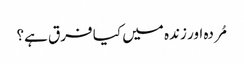
مُردہ اور زندہ میں کیا فرق ہے؟